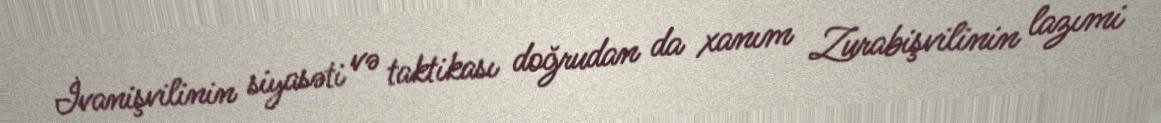
İvanişvilinin siyasəti və taktikası doğrudan da xanım Zurabişvilinin lazımi